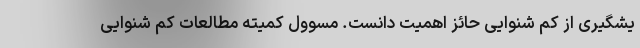
یشگیری از کم شنوایی حائز اهمیت دانست. مسوول کمیته مطالعات کم شنوایی